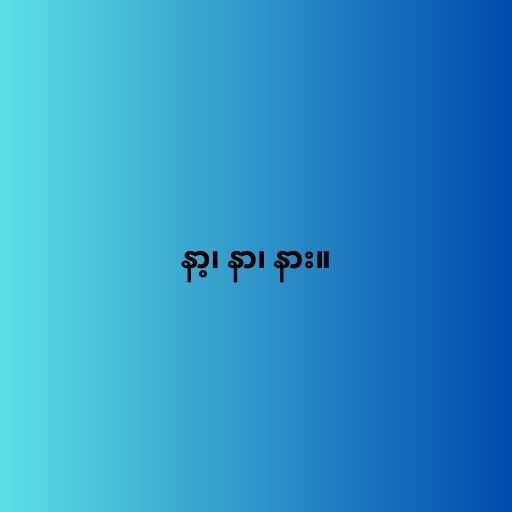
နာ့၊ နာ၊ နား။